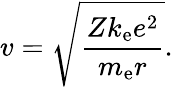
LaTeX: v={\sqrt{\frac{Zk_{\mathrm{e}}e^{2}}{m_{\mathrm{e}}r}}}.